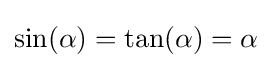
\sin(\alpha )=\tan(\alpha )=\alpha